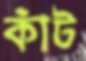
কাঁট